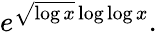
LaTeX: e^{{\sqrt{\log x}}\log\log x}.